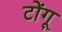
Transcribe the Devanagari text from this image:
टोंगू